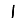
Digit: 1